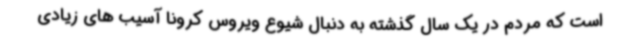
است که مردم در یک سال گذشته به دنبال شیوع ویروس کرونا آسیب های زیادی